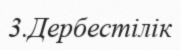
3.Дербестілік